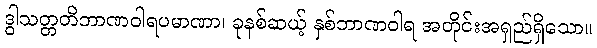
ဒွါသတ္တတိဘာဏဝါရပမာဏာ၊ ခုနစ်ဆယ့် နှစ်ဘာဏဝါရ အတိုင်းအရှည်ရှိသော။